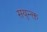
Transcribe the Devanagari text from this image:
सयुन्क्त